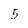
Character: 5